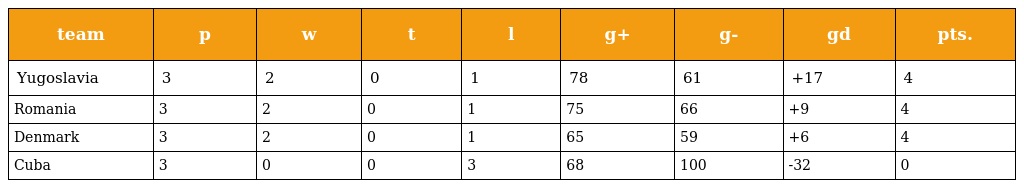
| team | p | w | t | l | g+ | g- | gd | pts. |
 | --- | --- | --- | --- | --- | --- | --- | --- | --- |
 | Yugoslavia | 3 | 2 | 0 | 1 | 78 | 61 | +17 | 4 |
 | Romania | 3 | 2 | 0 | 1 | 75 | 66 | +9 | 4 |
 | Denmark | 3 | 2 | 0 | 1 | 65 | 59 | +6 | 4 |
 | Cuba | 3 | 0 | 0 | 3 | 68 | 100 | -32 | 0 |